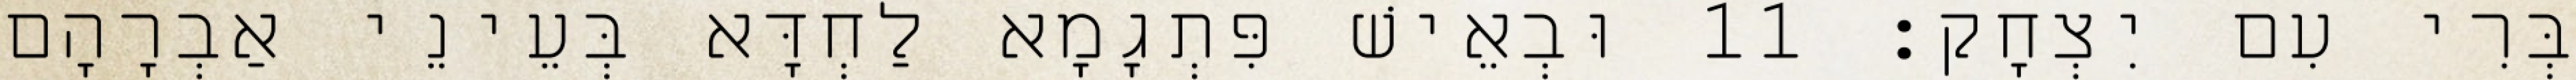
בְּרִי עִם יִצְחָק׃ 11 וּבְאֵישׁ פִּתְגָמָא לַחְדָּא בְּעֵינֵי אַבְרָהָם